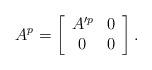
LaTeX: \begin{align*}A^p=\left[ \begin{array}{cc} A^{\prime p} & 0 \\0 & 0 \end{array} \right]. \end{align*}